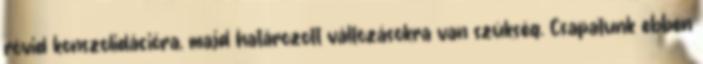
rövid konszolidációra, majd határozott változásokra van szükség. Csapatunk ebben